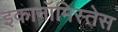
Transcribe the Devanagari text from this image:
इकानॉमिस्तेस